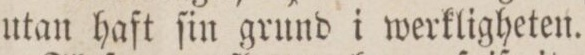
utan haſt ſin grund i werkligheten.